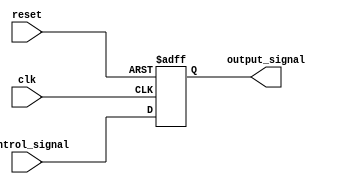
module example_module (
    input wire clk,
    input wire reset,
    input wire [3:0] control_signal,
    output reg [3:0] output_signal
);
    // Simple behavior for the example module
    always @(posedge clk or posedge reset) begin
        if (reset) begin
            output_signal <= 4'b0000;
        end else begin
            output_signal <= control_signal; // Pass control signal to output
        end
    end
endmodule